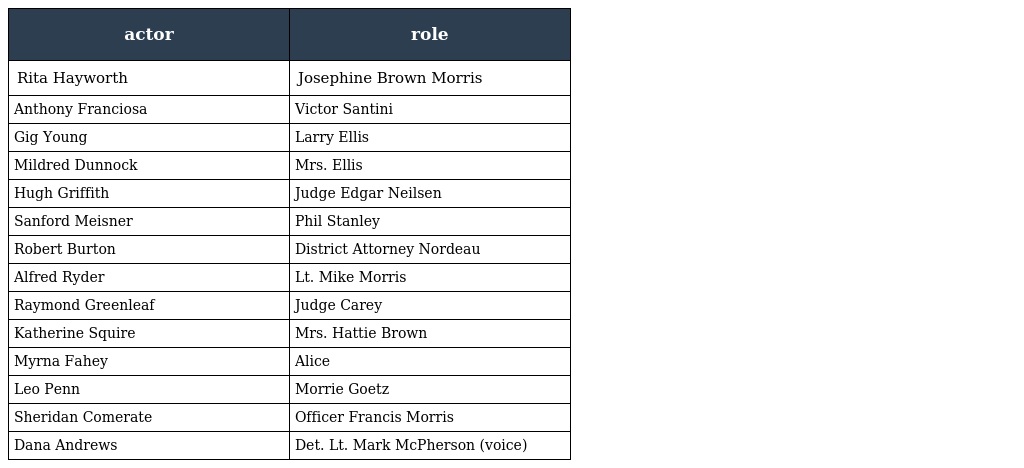
| actor | role |
 | --- | --- |
 | Rita Hayworth | Josephine Brown Morris |
 | Anthony Franciosa | Victor Santini |
 | Gig Young | Larry Ellis |
 | Mildred Dunnock | Mrs. Ellis |
 | Hugh Griffith | Judge Edgar Neilsen |
 | Sanford Meisner | Phil Stanley |
 | Robert Burton | District Attorney Nordeau |
 | Alfred Ryder | Lt. Mike Morris |
 | Raymond Greenleaf | Judge Carey |
 | Katherine Squire | Mrs. Hattie Brown |
 | Myrna Fahey | Alice |
 | Leo Penn | Morrie Goetz |
 | Sheridan Comerate | Officer Francis Morris |
 | Dana Andrews | Det. Lt. Mark McPherson (voice) |